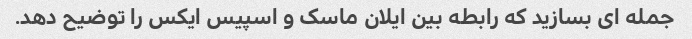
جمله ای بسازید که رابطه بین ایلان ماسک و اسپیس ایکس را توضیح دهد.